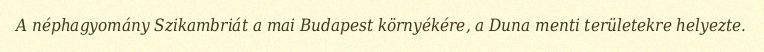
A néphagyomány Szikambriát a mai Budapest környékére, a Duna menti területekre helyezte.